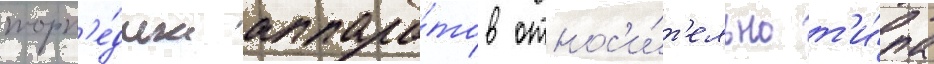
торп'е́дных аппара́тов относ'и́т'ельно т'и́па